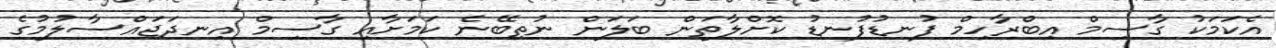
އެކަމަކު ގާސިމް އިބްރާހިމް ފުނޑުފުނޑު ކޮށްލާތަން ބަލަން ނުތިބޭނެ ކަމަށާއި ގާސިމް އިނދަޖައްސާލުމުގެ